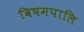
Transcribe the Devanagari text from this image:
विषमपालि